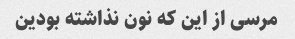
مرسی از این که نون نذاشته بودین